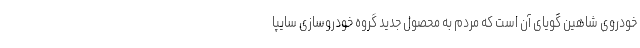
خودروی شاهین گویای آن است که مردم به محصول جدید گروه خودروسازی سایپا